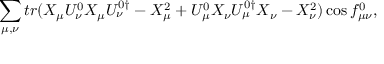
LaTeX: \sum _ { \mu , \nu } { t r ( X _ { \mu } U _ { \nu } ^ { 0 } X _ { \mu } U _ { \nu } ^ { 0 \dagger } - X _ { \mu } ^ { 2 } + U _ { \mu } ^ { 0 } X _ { \nu } U _ { \mu } ^ { 0 \dagger } X _ { \nu } - X _ { \nu } ^ { 2 } ) \cos { f _ { \mu \nu } ^ { 0 } } } ,